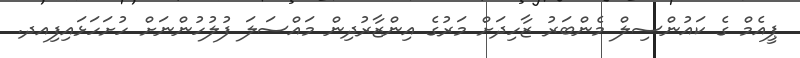
ޕީއެމް ގެ ކައުންސިލް މެންބަރު ޒާހިދަށް މަރުގެ އިންޒާރުދިން މައްސަލަ ފުލުހުންނަށް ހުށަހަޅައިފިއދ.